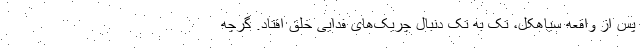
پس از واقعه سیاهکل، تک به تک دنبال چریک‌های فدایی خلق افتاد. گرچه